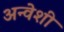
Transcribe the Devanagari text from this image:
अन्वेशी